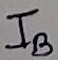
Text: IB